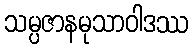
သမ္ပဇာနမုသာဝါဒဿ